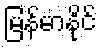
မြန်မာနိုင်